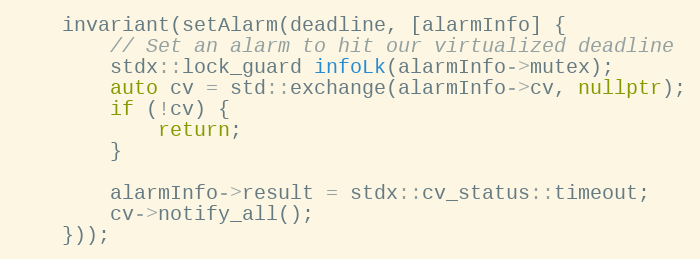
Language: C++
    invariant(setAlarm(deadline, [alarmInfo] {
        // Set an alarm to hit our virtualized deadline
        stdx::lock_guard infoLk(alarmInfo->mutex);
        auto cv = std::exchange(alarmInfo->cv, nullptr);
        if (!cv) {
            return;
        }

        alarmInfo->result = stdx::cv_status::timeout;
        cv->notify_all();
    }));